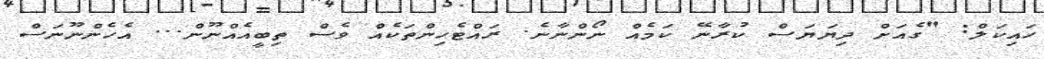
ހައިކަލް: "ގެއަށް ދިޔަޔަސް ކުރާނޭ ކަމެއް ނޯންނާނެ. ރައްޓެހިންތަކެއް ވެސް ތިބީއެއްނޫން... އެހެންނޫނަސް